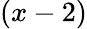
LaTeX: (x-2)